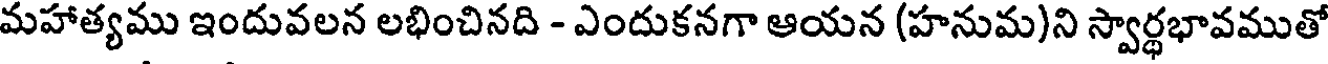
మహాత్యము ఇందువలన లభించినది - ఎందుకనగా ఆయన (హనుమ)ని స్వార్థభావముతో